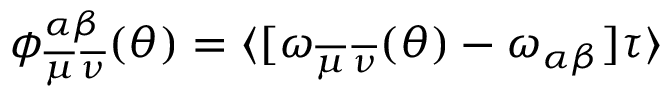
\begin{array} { r } { \phi _ { \overline { { \mu } } \, \overline { { \nu } } } ^ { \alpha \beta } ( \theta ) = \langle [ \omega _ { \overline { { \mu } } \, \overline { { \nu } } } ( \theta ) - \omega _ { \alpha \beta } ] \tau \rangle } \end{array}